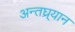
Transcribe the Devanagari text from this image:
अन्तघ्र्यान